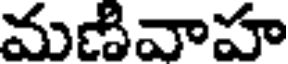
మణివాహ